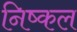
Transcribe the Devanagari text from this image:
निष्कल